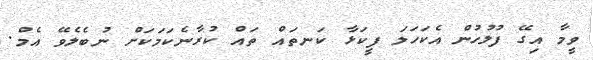
ވީމާ އިގޭ ފުލުހުން އެކަހަލަ ފީކަޅާ ކަނތައް ތައް ކުރާނެކަމަކަށް ނުބެލެވޭ އެމް.